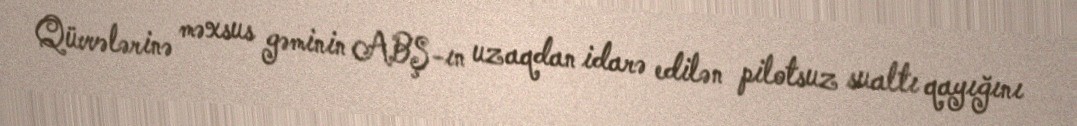
Qüvvələrinə məxsus gəminin ABŞ-ın uzaqdan idarə edilən pilotsuz sualtı qayığını